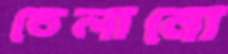
তেলানো